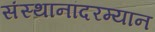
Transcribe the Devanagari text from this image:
संस्थानांदरम्यान